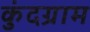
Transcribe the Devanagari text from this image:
कुंदग्राम